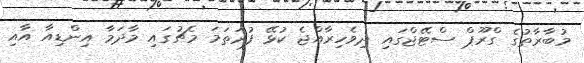
މުބާރާތުގެ ގްރޫޕް ސްޓޭޖްގައި ދިވެހިރާއްޖެ ކުޅޭ ފުރަތަމަ މެޗުގައި މާދަމާ އިންޑިއާ އާއި